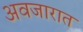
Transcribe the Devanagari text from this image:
अवजारात